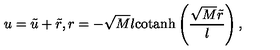
u = \tilde { u } + \tilde { r } , r = - \sqrt { M } l \mathrm { c o t a n h } \left( \frac { \sqrt { M } \tilde { r } } { l } \right) ,